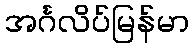
အင်္ဂလိပ်မြန်မာ